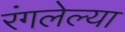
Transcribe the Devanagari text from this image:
रंगलेल्या